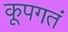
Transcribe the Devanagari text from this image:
कूपगतं